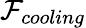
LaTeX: \mathcal{F}_{cooling}